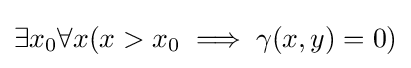
\exists x_{0}\forall x(x>x_{0}\implies \gamma (x,y)=0)